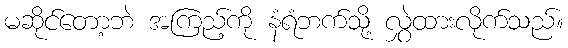
မဆိုင်တော့ဘဲ အကြည့်ကို နံရံဘက်သို့ လွှဲထားလိုက်သည်။